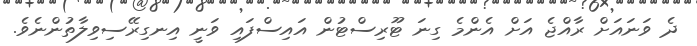
ދެ ވަނައަށް ރާއްޖެ އަށް އެންމެ ގިނަ ޓޫރިސްޓުން އައިސްފައި ވަނީ އިނގިރޭސިވިލާތުންނެވެ.